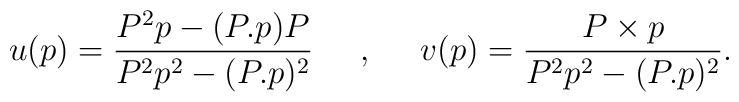
u(p)=\frac{P^2p-(P.p)P}{P^2p^2-(P.p)^2}  \;\;\;\;\; , \;\;\;\;\;v(p)=\frac{P \times p}{P^2p^2-(P.p)^2}.